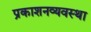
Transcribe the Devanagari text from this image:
प्रकाशनव्यवस्था